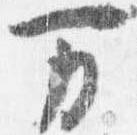
万